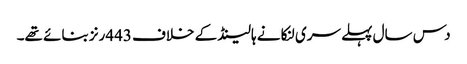
دس سال پہلے سری لنکا نے ہالینڈ کے خلاف 443رنز بنائے تھے۔